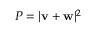
P = | \mathbf { v } + \mathbf { w } | ^ { 2 }